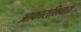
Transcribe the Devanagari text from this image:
आकाराशिवाय